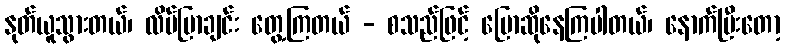
နုတ်ယူသွားတယ်၊ လိပ်ပြာချင်း တွေ့ကြတယ် - စသည်ဖြင့် ပြောဆိုနေကြပါတယ်၊ နောက်ပြီးတော့